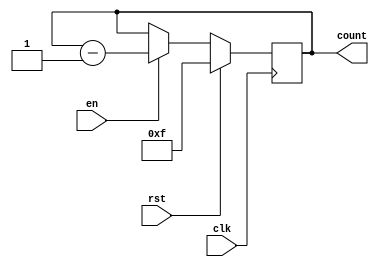
module binary_down_counter_with_enable (
    input wire clk,
    input wire rst,
    input wire en,
    output reg [3:0] count
);

always @ (posedge clk) begin
    if (rst) begin
        count <= 4'b1111; // Initialize the count value
    end else begin
        if (en) begin
            count <= count - 1; // Decrement the count value
        end
    end
end

endmodule